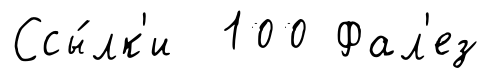
Ссы́лк'и 100 Фал'ез